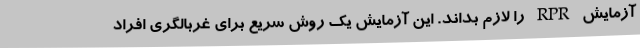
آزمایش RPR را لازم بداند. این آزمایش یک روش سریع برای غربالگری افراد